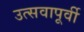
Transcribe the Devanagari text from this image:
उत्सवापूर्वी